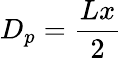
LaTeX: D_{p}=\frac{Lx}{2}